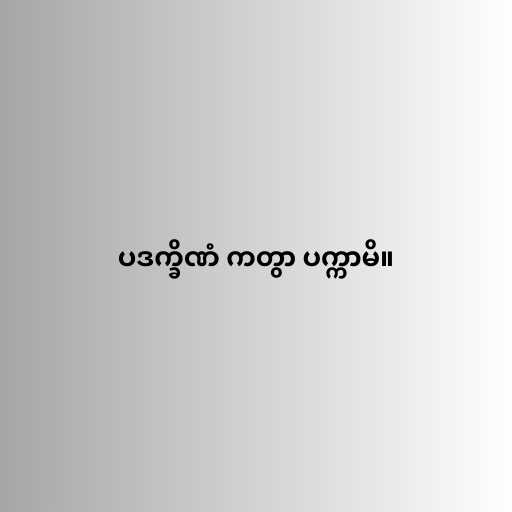
ပဒက္ခိဏံ ကတွာ ပက္ကာမိ။